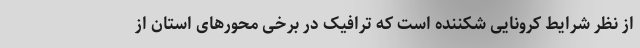
از نظر شرایط کرونایی شکننده است که ترافیک در برخی محورهای استان از